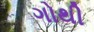
ગોથી